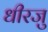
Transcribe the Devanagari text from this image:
धीरजु